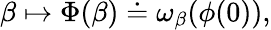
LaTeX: \beta\mapsto\Phi(\beta)\doteq\omega_{\beta}(\phi(0)),